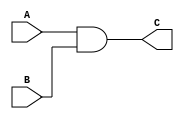
/*
Serra BOZKURT 150190710 
Sule Beyza KARADAG 150180024
Ahmet Furkan KAVRAZ 150190024
*/


`timescale 1ns / 1ps

//and gate implemented that can AND 2 inputs
module and_gate_2input(
    input A,
    input B,
    output C
    );
    assign C = A & B;    
endmodule


//and gate implemented that can AND 2 inputs
module and_gate_3input(
    input A,
    input B,
    input C,
    output D
    );
    assign D = A & B & C;    
endmodule


//and gate implemented that can AND 4 inputs
module and_gate_4input(
    input A,
    input B,
    input C,
    input D,    
    output E
    );
    assign E = A & B & C & D;    
endmodule


//or gate implemented that can OR 2 inputs
module or_gate_2input(
    input A,
    input B,
    output C
    );
    assign C = A | B;
endmodule


//OR gate implemented that can OR 3 inputs
module or_gate_3input(
    input A,
    input B,
    input C,
    output D
    );
    assign D = A | B | C;
endmodule


//OR gate implemented that can OR 8 inputs
module or_gate_8input(
    input A,
    input B,
    input C,
    input D,
    input E,
    input F,
    input G,
    input H,    
    output I
    );
    assign I = A | B | C | D | E | F | G | H;
endmodule


//NOT gate implemented that can get the complement of an input
module not_gate(
    input A,
    output B
    );
    assign B = ~A;
endmodule


//nand gate implemented that can NAND 2 inputs
module nand_gate(
    input A,
    input B,
    output C
    );
    wire not_C;
    
    and_gate_2input and0(A, B, not_C); //since nand gate is basically complement of and operation,
    not_gate not0(not_C, C); //we first apply AND operation to inputs and then get its complement
    
endmodule


//multiplexer implemented that gets 8 inputs and 3 selectors
module multiplexer_8input(
    input A,
    input B,
    input C,
    input D,
    input E,
    input F,
    input G,
    input H,
    input s0, //selector 1
    input s1, //selector 2
    input s2, //selector 3
    output O
    );
    wire not_s0, not_s1, not_s2; 
    wire OA, OB, OC, OD, OE, OF, OG, OH;
    
    not_gate not0(s0, not_s0); // complement of selector 1
    not_gate not1(s1, not_s1); // complement of selector 2
    not_gate not2(s2, not_s2); // complement of selector 3

                                                       // selector combinations 
                                                       //that generates 1 inputs 
                                                       //are as following:
    and_gate_4input o0(not_s0, not_s1, not_s2, A, OA); // 000
    and_gate_4input o1(s0    , not_s1, not_s2, B, OB); // 001
    and_gate_4input o2(not_s0, s1    , not_s2, C, OC); // 010
    and_gate_4input o3(s0    , s1    , not_s2, D, OD); // 011
    and_gate_4input o4(not_s0, not_s1, s2    , E, OE); // 100
    and_gate_4input o5(s0    , not_s1, s2    , F, OF); // 101
    and_gate_4input o6(not_s0, s1    , s2    , G, OG); // 110
    and_gate_4input o7(s0    , s1    , s2    , H, OH); // 111
    
    or_gate_8input or0(OA, OB, OC, OD, OE, OF, OG, OH, O);
endmodule


//decoder implemented that gets 3 inputs
module decoder_3input(
    input s0,
    input s1,
    input s2,
    output O0,
    output O1,
    output O2,
    output O3,
    output O4,
    output O5,
    output O6,
    output O7
    );
    wire not_s0, not_s1, not_s2;
    
    not_gate not0(s0, not_s0);
    not_gate not1(s1, not_s1);
    not_gate not2(s2, not_s2);
                                                      // input combinations 
                                                      //that generates 1 outouts 
                                                      //are as following:
    and_gate_3input and0(not_s0, not_s1, not_s2, O0); // 000
    and_gate_3input and1(not_s0, not_s1, s2    , O1); // 001
    and_gate_3input and2(not_s0, s1    , not_s2, O2); // 010
    and_gate_3input and3(not_s0, s1    , s2    , O3); // 011
    and_gate_3input and4(s0    , not_s1, not_s2, O4); // 100
    and_gate_3input and5(s0    , not_s1, s2    , O5); // 101
    and_gate_3input and6(s0    , s1    , not_s2, O6); // 110
    and_gate_3input and7(s0    , s1    , s2    , O7); // 111
endmodule


// This part is the implementation of preliminary part1-d
// and the expression for that is A'.B' + A.D' + B.C'.D
module pre1_d(
    input A,
    input B,
    input C,
    input D,
    output E
    );
    wire var1, var2, var3;
    wire not_A, not_B, not_C, notD; 
    
    not_gate not0(A, not_A); // getting the complement of A
    not_gate not1(B, not_B); // getting the complement of B
    not_gate not2(C, not_C); // getting the complement of C
    not_gate not3(D, not_D); // getting the complement of D
    
    and_gate_2input and1(not_A, not_B, var1); // A'.B' obtained, by using 2-input AND gate
    and_gate_2input and2(A    , not_D, var2); // A.D' obtained, by using 2-input AND gate
    and_gate_3input and3(B, not_C, D,  var3); // B.C'.D obtained, by using 3-input AND gate
    
    or_gate_3input or1(var1, var2, var3, E); // A'.B' + A.D' + B.C'.D obtained, by using 3-input OR gate
endmodule


// This part is the implementation of preliminary part1-e
// the expression for that is same with the one above but 
// the restriction is using only 2-INPUT NAND gates
module pre1_e(
    input A,
    input B,
    input C,
    input D,
    output E    
    );
    wire var1, var2, var3, var4, var5, var6, var7;
    wire not_A, not_B, not_C, notD;
    
    //please look at the circuit diagrams to understand left/right subtrees 
    //and concatenating them to the root using only nand gates
    
    nand_gate nand0(A, A, not_A);
    nand_gate nand1(B, B, not_B);
    nand_gate nand2(C, C, not_C);
    nand_gate nand3(D, D, not_D);
    
    //left subtree of the diagram
    nand_gate nand4(D, B, var1);
    nand_gate nand5(var1, var1, var2);
    nand_gate nand6(var2, not_C, var3);
    
    //right subtree of the diagram
    nand_gate nand7(not_A, not_B, var4);
    nand_gate nand8(A, not_D, var5);
    nand_gate nand9(var4, var5, var6);
    nand_gate nand10(var6, var6, var7);

    //left       right
    //    \     /
    //      NAND 
    //       ||
    //      root:

    nand_gate nand11(var7, var3, E);

endmodule


// This part is the implementation of preliminary part1-f
// the expression for that is same with the one above but 
// the restriction is using a multiplexer and not gates
module pre1_f(
    input A,
    input B,
    input C,
    input D,
    output E
    );
    wire not_A, not_D;

    not_gate not1(A, not_A);
    not_gate not2(D, not_D);

    multiplexer_8input mux(not_A, C, D, A, not_D, not_D, B, not_D, C, B, A, E); 
    
endmodule


// This part is the implementation of the expression = A.B.C' + A'.C
// by using a decoder and 2-input or gates
module F2(
    input A,
    input B,
    input C,
    output D
    );
    wire var0, var1, var2, var3, var4, var5, var6, var7;
    wire or_output;
    decoder_3input decoder(A, B, C, var0, var1, var2, var3, var4, var5, var6, var7);
    
    or_gate_2input or1(var1, var3, or_output);
    or_gate_2input or2(or_output, var6, D);
endmodule


// This part is the implementation of the expression = A.B'.C' + B.C
// by using a decoder and 2-input or gates
module F3(
    input A,
    input B,
    input C,
    output D
    );
    wire var0, var1, var2, var3, var4, var5, var6, var7;
    wire or_output;
    decoder_3input decoder(A, B, C, var0, var1, var2, var3, var4, var5, var6, var7);
    
    or_gate_2input or1(var3, var7, or_output);
    or_gate_2input or2(or_output, var4, D);    
endmodule